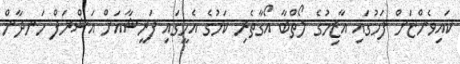
ކައިވެންޏަށް ފަހުގައި އާޒިމުގެ ލޯތްބާ އޯގާތެރި ކަމުގެ އެހީގައި ފަރީޝާއަށް އަޝްރަފް ހަނދާން